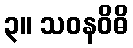
၃။ သဝနဝိဓိ